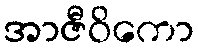
အာဇီဝိကော